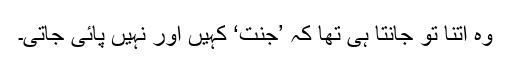
وہ اتنا تو جانتا ہی تھا کہ ’جنّت‘ کہیں اور نہیں پائی جاتی۔